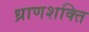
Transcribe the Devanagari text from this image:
ध्राणशक्ति